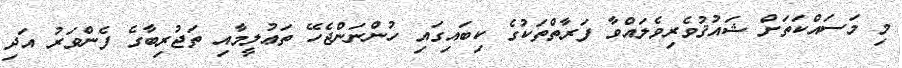
މި މަސައްކަތަށް ޝައުޤުވެރިވެލައްވާ ފަރާތްތަކުގެ ކިބައިގައި ހުންނަންޖެހޭ ތަޢުލީމާއި ތަޖުރިބާގެ ފެންވަރު އަދި